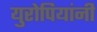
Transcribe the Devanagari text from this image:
युरोपियांनी